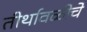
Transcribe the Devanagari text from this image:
तीर्थावळीचे